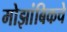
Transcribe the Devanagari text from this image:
मोझांबिकचे